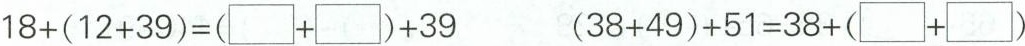
$$18+(12+39)=(\square+\square) +39$$ $$(38+49)+51=38+(\square+\square)$$